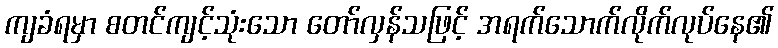
ကျခံရမှာ စတင်ကျင့်သုံးသော တော်လှန်သဖြင့် အရက်သောက်လိုက်လုပ်နေ၏